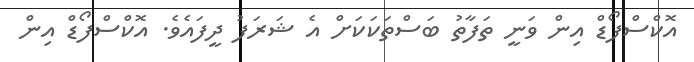
އޮކްސްފޯޑް އިން ވަނީ ތަފާތު ބަސްތަކަކަށް އެ ޝަރަފު ދީފައެވެ. އޮކްސްފޯޑް އިން